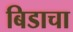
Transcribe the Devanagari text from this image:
बिडाचा